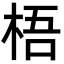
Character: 梧